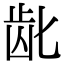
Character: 龀